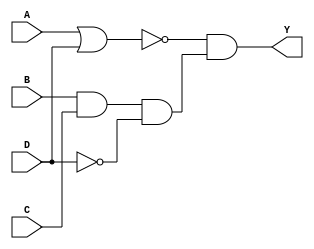
module comb_behavior(output reg Y, input A, B, C, D);
  always @(*)
  begin
    Y <= (~(A|D))&(B&C&(~D));
  end
endmodule